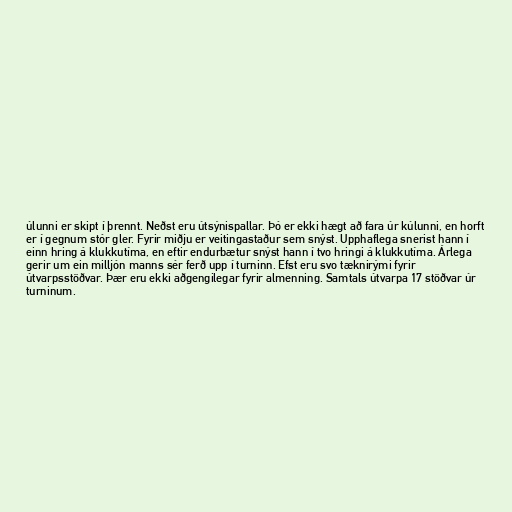
úlunni er skipt í þrennt. Neðst eru útsýnispallar. Þó er ekki hægt að fara úr kúlunni, en horft
er í gegnum stór gler. Fyrir miðju er veitingastaður sem snýst. Upphaflega snerist hann í
einn hring á klukkutíma, en eftir endurbætur snýst hann í tvo hringi á klukkutíma. Árlega
gerir um ein milljón manns sér ferð upp í turninn. Efst eru svo tæknirými fyrir
útvarpsstöðvar. Þær eru ekki aðgengilegar fyrir almenning. Samtals útvarpa 17 stöðvar úr
turninum.